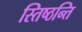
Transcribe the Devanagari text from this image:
स्तिष्ठन्ति